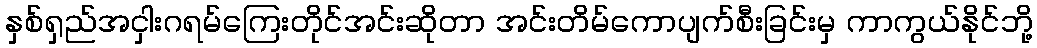
နှစ်ရှည်အငှါးဂရမ်ကြေးတိုင်အင်းဆိုတာ အင်းတိမ်ကောပျက်စီးခြင်းမှ ကာကွယ်နိုင်ဘို့